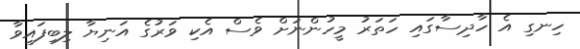
ހިނގި އެ ހާދިސާގައި ހަތަރު މީހުންނަށް ވެސް އެކި ވަރުގެ އަނިޔާ ލިބިފައިވާ